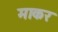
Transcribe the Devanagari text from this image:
माकर